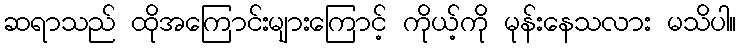
ဆရာသည် ထိုအကြောင်းများကြောင့် ကိုယ့်ကို မုန်းနေသလား မသိပါ။